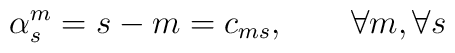
\alpha _{s}^{m}=s-m=c_{ms},\qquad \forall m,\forall s